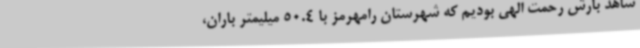
شاهد بارش رحمت الهی بودیم که شهرستان رامهرمز با 50.4 میلیمتر باران،